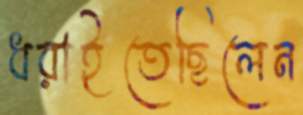
ধরাইতেছিলেন